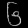
Digit: ၆